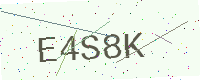
Text: E4S8K